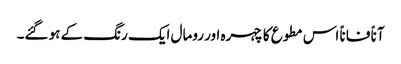
آناً فاناً اس مطوع کا چہرہ اور رومال ایک رنگ کے ہو گئے۔